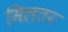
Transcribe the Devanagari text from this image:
मिलतर